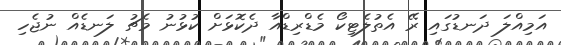
އަމިއްލަ ދަނޑުގައި ރޭ އެތުލެޓިކޯ މެޑްރިޑްއާ ދެކޮޅަށް ކުޅުނު މެޗު ލަނޑެއް ނުޖެހި